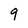
Character: 9